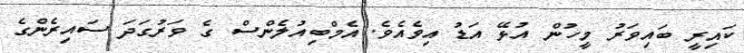
ކައިރީ ބައިވަރު މީހުން އުޅޭ އަޑު އިވެއެވެ. އެމްބިއުލެންސް ގެ ވަރުގަދަ ސައިރެންގެ